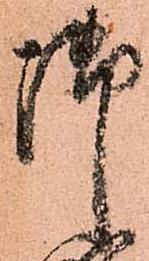
御